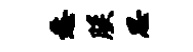
愁朕思